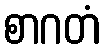
စာဂတံ